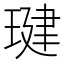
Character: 𤧣